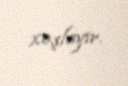
xoşlayır.